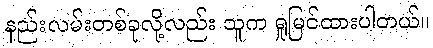
နည်းလမ်းတစ်ခုလို့လည်း သူက ရှုမြင်ထားပါတယ်။